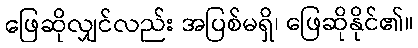
ဖြေဆိုလျှင်လည်း အပြစ်မရှိ၊ ဖြေဆိုနိုင်၏။